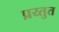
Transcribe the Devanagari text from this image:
प्रय्तुत